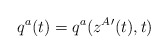
\begin{align*}q^a(t) = q^a(z^A{}'(t),t)\end{align*}